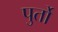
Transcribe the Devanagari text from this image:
पुर्तो